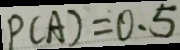
P ( A ) = 0 . 5